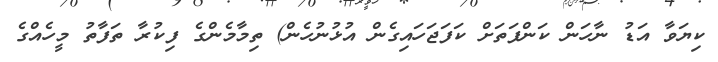
ކިޔަވާ އަޑު ނާހަން ކަންފަތަށް ކަފަޖަހައިގެން އުޅުނުހެން) ތިމާމެންގެ ފިކުރާ ތަފާތު މީހެއްގެ